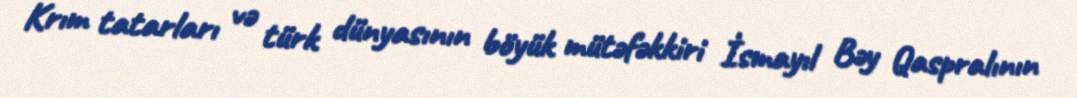
Krım tatarları və türk dünyasının böyük mütəfəkkiri İsmayıl Bəy Qaspralının